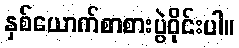
နှစ်ယောက်စာစားပွဲဝိုင်းပါ။